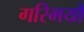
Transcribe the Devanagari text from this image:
गरिमयों